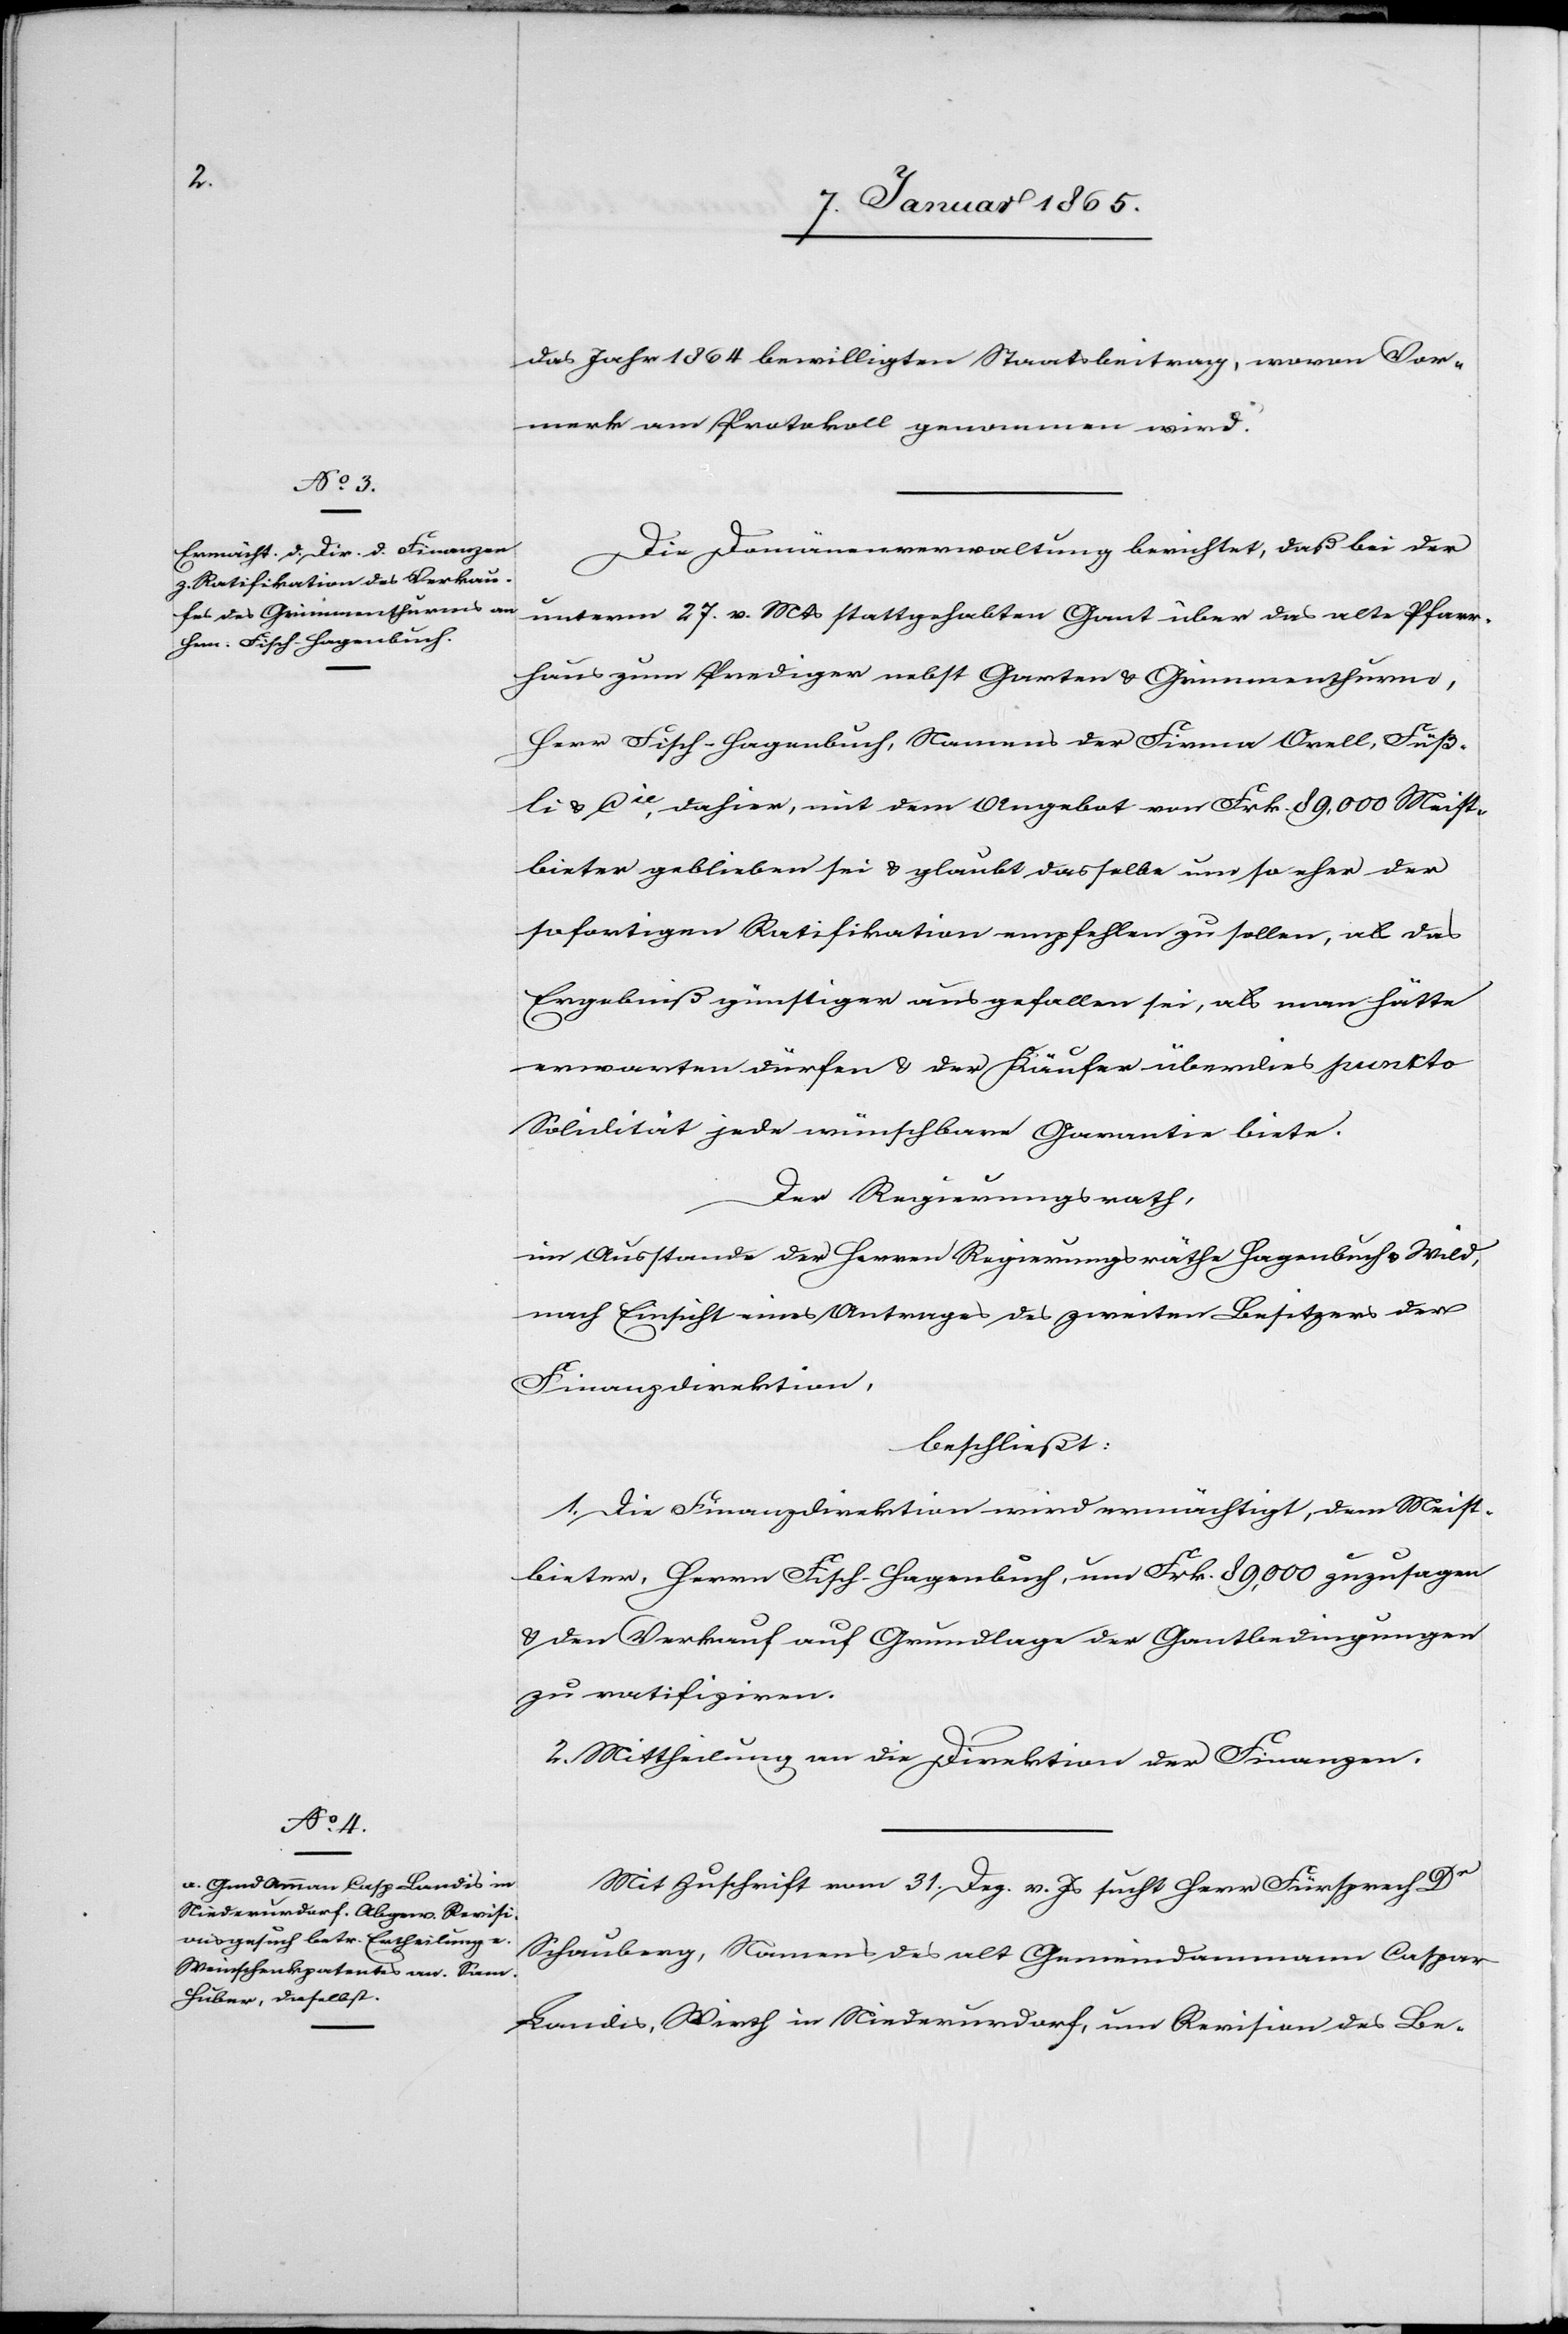
das Jahr 1864 bewilligten Staatsbeitrag, wovon Vor¬
merk am Protokoll genommen wird.
Die Domänenverwaltung berichtet, daß bei der
unterm 27. v. Mts stattgehabten Gant über das alte Pfarr¬
haus zum Prediger nebst Garten & Grimmenthurms,
Herr Fisch-Hagenbuch, Namens der Firma Orell, Füß¬
li u. Cie, dahier, mit dem Angebot von Frk. 89,000 Meist¬
bieter geblieben sei u. glaubt dasselbe um so eher der
sofortigen Ratifikation empfehlen zu sollen, als das
Ergebniß günstiger ausgefallen sei, als man hätte
erwarten dürfen & der Käufer überdies puncto
Solidität jede wünschbare Garantie biete.
Der Regierungsrath,
im Ausstande der Herren Regierungsräthe Hagenbuch u. Wild,
nach Einsicht eines Antrages des zweiten Be[i]sitzers der
Finanzdirektion,
beschließt:
1. Die Finanzdirektion wird ermächtigt, dem Meist¬
bieter, Herrn Fisch-Hagenbuch, um Frk. 89,000 zuzusagen
& den Verkauf auf Grundlage der Gantbedingungen
zu ratifiziren.
2. Mittheilung an die Direktion der Finanzen.
Mit Zuschrift vom 31. Dez. v. Js sucht Herr Fürsprech Dr
Schauberg, Namens des alt Gemeindammann Caspar
Landis, Wirth in Niederurdorf, um Revision des Be-